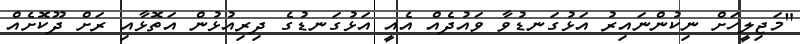
"މަޖިލީހަށް ނިކުންނައިރު އަޅުގަނޑުވާ ވައުދެއް އެއީ އަޅުގަނޑުގެ ދިރިއުޅުން އަތޮޅާއި ރަށް ދޫކޮށެއް